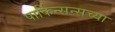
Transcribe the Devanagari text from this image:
पार्किन्सन्सच्या